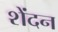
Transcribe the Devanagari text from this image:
शेंदन